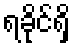
ရခိုင်ရှိ